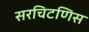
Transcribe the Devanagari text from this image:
सरचिटणिस